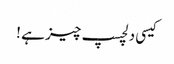
کیسی دلچسپ چیز ہے !